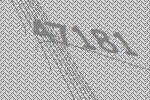
47181